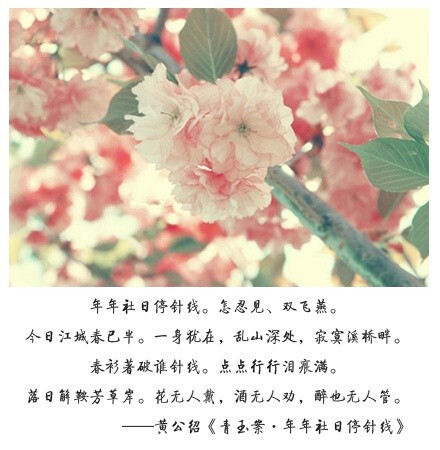
载酒买花年少事，浑不似，旧心情。